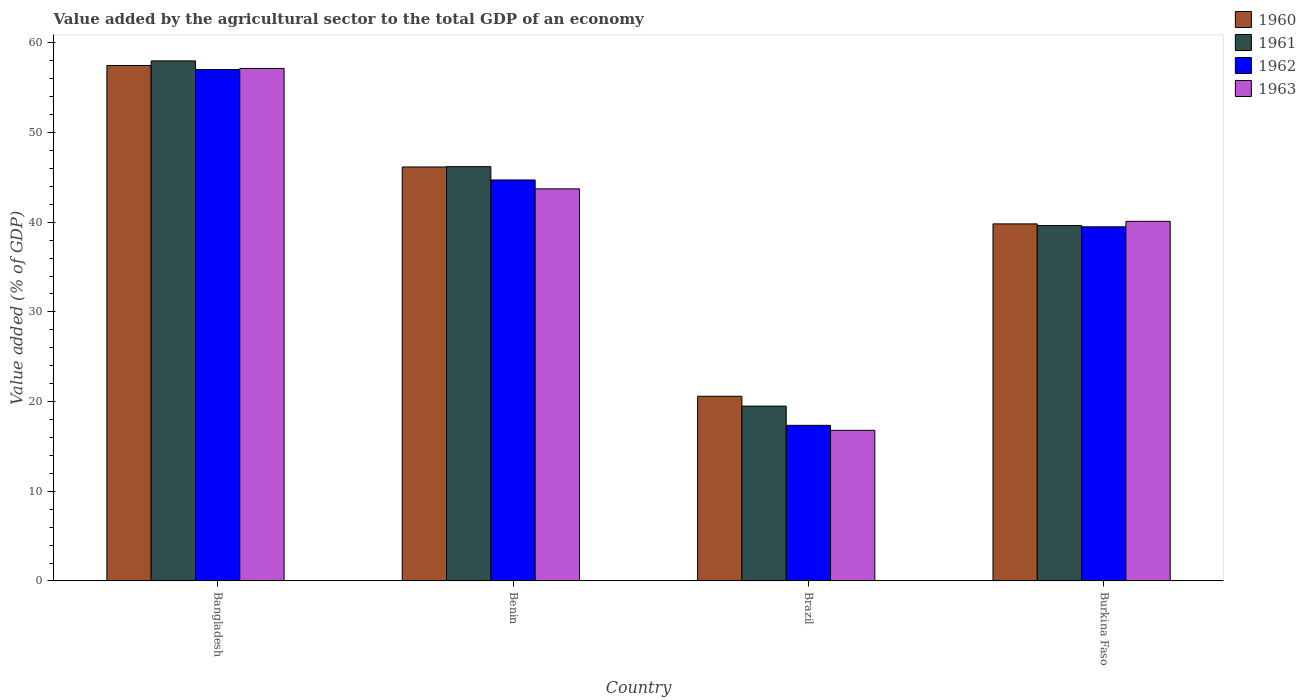
| Country | 1960 | 1961 | 1962 | 1963 |
 | --- | --- | --- | --- | --- |
 | Bangladesh | 57.5 | 58 | 57 | 57.1 |
 | Benin | 46.2 | 46.2 | 44.7 | 43.7 |
 | Brazil | 20.6 | 19.5 | 17.4 | 16.8 |
 | Burkina Faso | 39.8 | 39.6 | 39.5 | 40.1 |